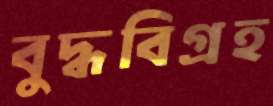
বুদ্ধবিগ্রহ